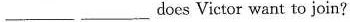
___ ___ does Victor want to join?